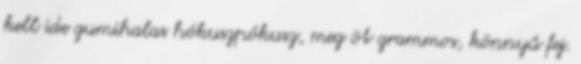
kell ide gumihalas hókuszpókusz, meg öt grammos, könnyű fej.